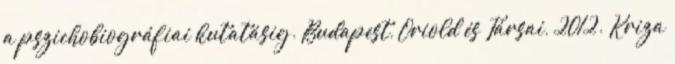
a pszichobiográfiai kutatásig. Budapest, Oriold és Társai, 2012. Kriza